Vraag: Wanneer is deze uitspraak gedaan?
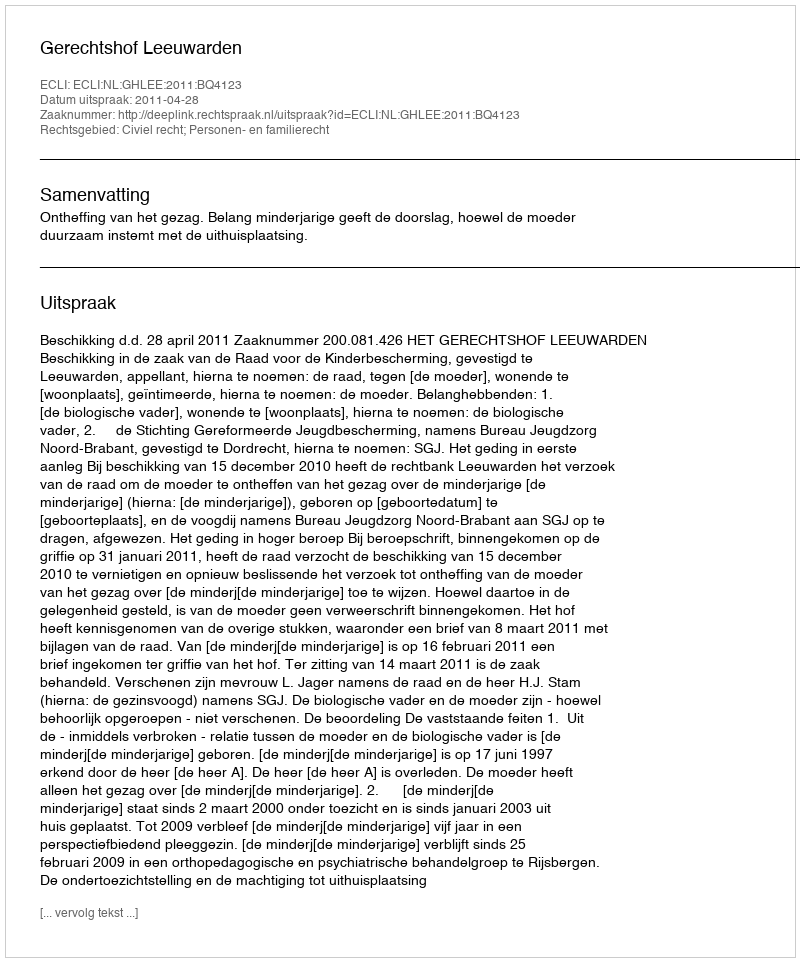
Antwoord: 2011-04-28